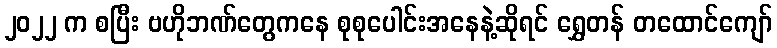
၂၀၂၂ က စပြီး ဗဟိုဘဏ်တွေကနေ စုစုပေါင်းအနေနဲ့ဆိုရင် ရွှေတန် တထောင်ကျော်